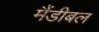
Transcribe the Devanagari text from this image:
मैंडीबल